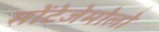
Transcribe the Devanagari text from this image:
मोंटेजेमोलो